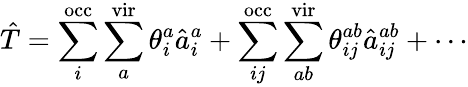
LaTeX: \hat{T}=\sum_{i}^{\mathrm{occ}}\sum_{a}^{\mathrm{vir}}\theta_{i}^{a}\hat{a}_{i}^{a}+\sum_{ij}^{\mathrm{occ}}\sum_{ab}^{\mathrm{vir}}\theta_{ij}^{ab}\hat{a}_{ij}^{ab}+\cdots